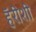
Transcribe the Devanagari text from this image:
हॅरीशी